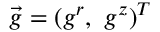
\vec { g } = ( g ^ { r } , ~ g ^ { z } ) ^ { T }